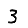
Digit: 3